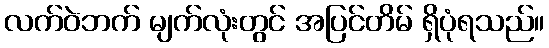
လက်ဝဲဘက် မျက်လုံးတွင် အပြင်တိမ် ရှိပုံရသည်။